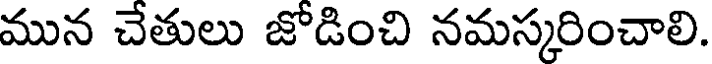
మున చేతులు జోడించి నమస్కరించాలి.